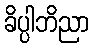
ခိပ္ပါဘိညာ